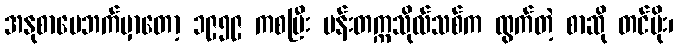
အနုစာပေဘက်မှာတော့ ၁၉၅၉ ကစပြီး မန်းတက္ကသိုလ်သစ်က ထွက်တဲ့ စာဆို တင်မိုး၊